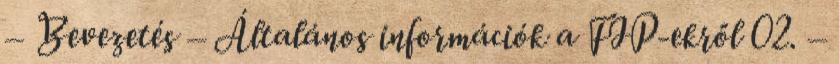
– Bevezetés – Általános információk a FIP-ekről 02. –